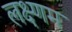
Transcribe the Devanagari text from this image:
लक्ष्णम